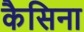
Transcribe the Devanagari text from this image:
कैसिना